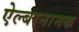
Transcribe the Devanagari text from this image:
ऐल्बानामक